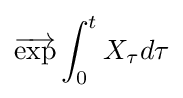
{\overrightarrow {\mathrm {exp} }}\int _{0}^{t}X_{\tau }d\tau